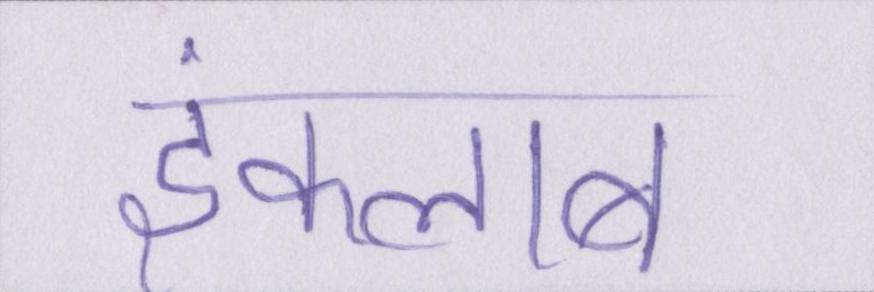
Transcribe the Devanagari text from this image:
इंकलाब